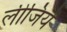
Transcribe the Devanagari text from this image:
लीजियें